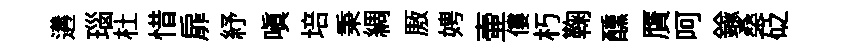
遘瑙杜惜扉紓嗔培秉綢厫娉壷僂朽鞠醺贋呵鍮桑砭